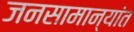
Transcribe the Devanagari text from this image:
जनसामान्यांत